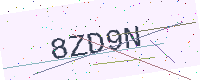
Text: 8ZD9N